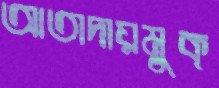
আতাদায়মুক্